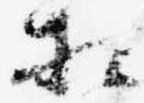
相